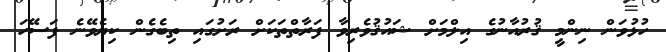
ހުޅުވަން ނިންމީ ޤުރުއާނުގެ އިލްމަށް ޝައުޤުވެރިވާ ފަރާތްތަކަށް ރަށުގައި ތިބެގެން ކިޔެވޭނެ ފަސޭހަ